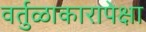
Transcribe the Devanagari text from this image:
वर्तुळाकारापेक्षा